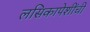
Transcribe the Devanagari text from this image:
लसिकापेशींची